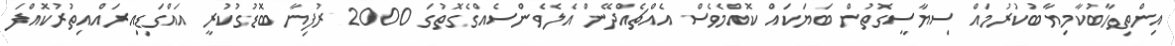
އިންތިހާބުކާމިޔާބުކުރުމައް ސިޔާސީގޮތުން ބަޔަކައް ކޮއްމެވެސް އެއްޗެއްދޭން އެލެވެންސެއްގެގޮތުގަ 2000 ރުފިޔާ ބޮޑުގުކުރީ އައްގަޑިއިރައްއިތުރުކޮއްފަ